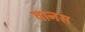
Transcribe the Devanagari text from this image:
वानस